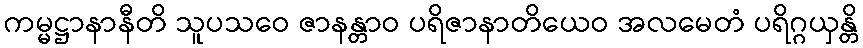
ကမ္မဋ္ဌာနာနီတိ သူပသဝေ ဇာနန္တာဝ ပရိဇာနာတိယေဝ အလမေတံ ပရိဂ္ဂယှန္တိ